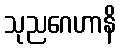
သုညဂေဟာနိ